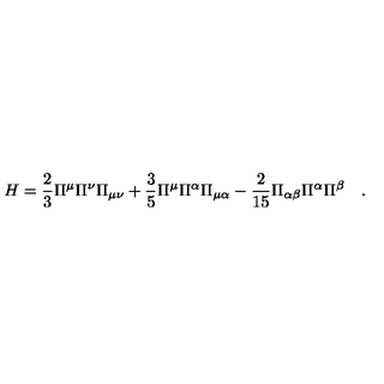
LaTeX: H = \frac { 2 } { 3 } \Pi ^ { \mu } \Pi ^ { \nu } \Pi _ { \mu \nu } + \frac { 3 } { 5 } \Pi ^ { \mu } \Pi ^ { \alpha } \Pi _ { \mu \alpha } - \frac { 2 } { 1 5 } \Pi _ { \alpha \beta } \Pi ^ { \alpha } \Pi ^ { \beta } \quad .